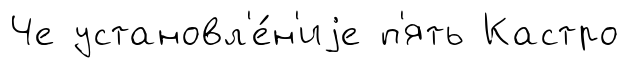
Че установл'е́н'иjе п'ять Кастро